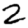
Digit: 2